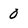
Character: 0